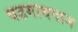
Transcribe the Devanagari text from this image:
वडगावपान